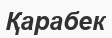
Қарабек